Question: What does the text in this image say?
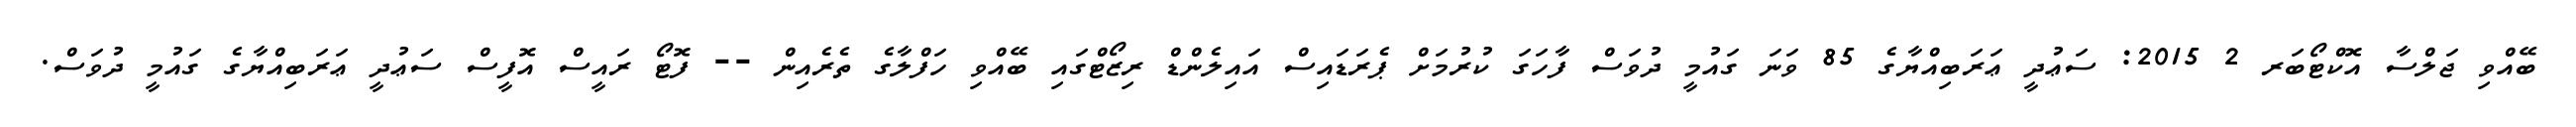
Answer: ބޭއްވި ޖަލްސާ އޮކްޓޯބަރ 2 2015: ސަޢުދީ ޢަރަބިއްޔާގެ 85 ވަނަ ގައުމީ ދުވަސް ފާހަގަ ކުރުމަށް ޕެރަޑައިސް އައިލެންޑް ރިޒޯޓްގައި ބޭއްވި ހަފްލާގެ ތެރެއިން -- ފޮޓޯ ރައީސް އޮފީސް ސަޢުދީ ޢަރަބިއްޔާގެ ގައުމީ ދުވަސް.